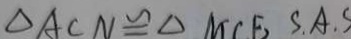
\Delta A C N \cong \Delta M C E S . A .